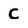
Character: C